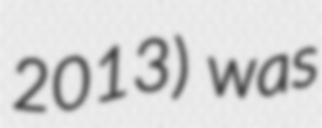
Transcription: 2013) was